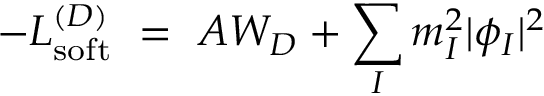
- { \cal L } _ { \mathrm { s o f t } } ^ { ( D ) } \ = \ A W _ { D } + \sum _ { I } m _ { I } ^ { 2 } | \phi _ { I } | ^ { 2 }